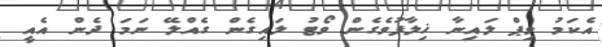
އެކަމު ވިޕް ލައިނާ ޚިލާފުވެގެން ވޯޓު ލައިގެން ގެއްލޭ ނަމަ ދެން އެއީ